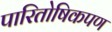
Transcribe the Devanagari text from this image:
पारितोषिकपण